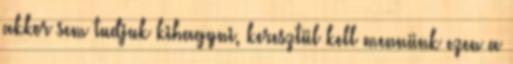
akkor sem tudjuk kihagyni, keresztül kell mennünk ezen a